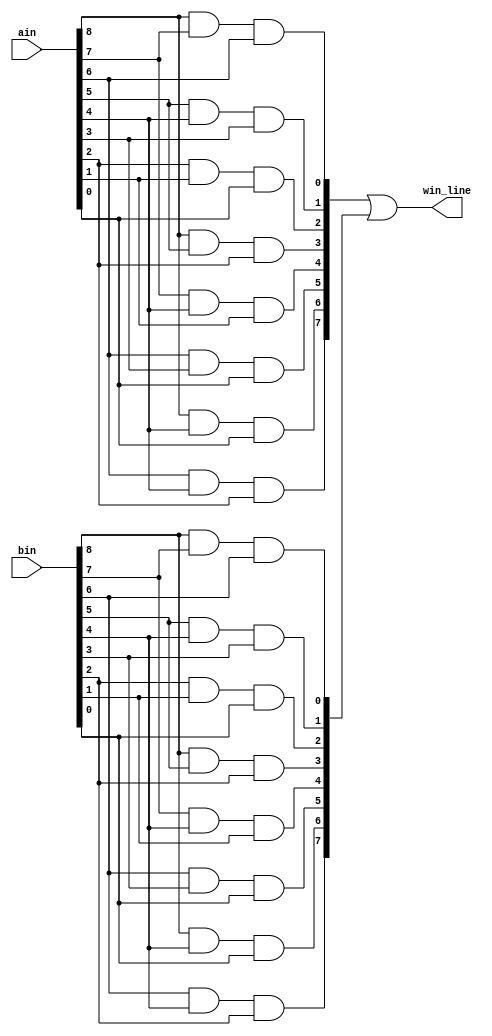
// DetectWinner
// Detects whether either ain or bin has three in a row 
// Inputs:
//   ain, bin - (9-bit) current positions of type a and b
// Out:
//   win_line - (8-bit) if A/B wins, one hot indicates along which row, col or diag
//   win_line(0) = 1 means a win in row 8 7 6 (i.e., either ain or bin has all ones in this row)
//   win_line(1) = 1 means a win in row 5 4 3
//   win_line(2) = 1 means a win in row 2 1 0
//   win_line(3) = 1 means a win in col 8 5 2
//   win_line(4) = 1 means a win in col 7 4 1
//   win_line(5) = 1 means a win in col 6 3 0
//   win_line(6) = 1 means a win along the downward diagonal 8 4 0
//   win_line(7) = 1 means a win along the upward diagonal 2 4 6

module DetectWinner( input [8:0] ain, bin, output [7:0] win_line );
  // CPEN 211 LAB 3, PART 1: your implementation goes here
  wire [7:0]winner_a; //a will be the winner, and 7 means 3 rows + 3 columns + 2 diagonal
  wire [7:0]winner_b; //b will be the winner, and 7 means 3 rows + 3 columns + 2 diagonal

  
  
  assign winner_a [0] = ain [8] & ain [7] & ain [6]; //check first row
  assign winner_a [1] = ain [5] & ain [4] & ain [3]; //check second row
  assign winner_a [2] = ain [2] & ain [1] & ain [0]; //check third row
  
  assign winner_a [3] = ain [8] & ain [5] & ain [2]; //check first column
  assign winner_a [4] = ain [7] & ain [4] & ain [1]; //check second column
  assign winner_a [5] = ain [6] & ain [3] & ain [0]; //check third column
  
  assign winner_a [6] = ain [8] & ain [4] & ain [0]; //check first diagonal
  assign winner_a [7] = ain [6] & ain [4] & ain [2]; //check second diagonal
  
  
  assign winner_b [0] = bin [8] & bin [7] & bin [6]; //check first row
  assign winner_b [1] = bin [5] & bin [4] & bin [3]; //check second row
  assign winner_b [2] = bin [2] & bin [1] & bin [0]; //check third row
  
  assign winner_b [3] = bin [8] & bin [5] & bin [2]; //check first column
  assign winner_b [4] = bin [7] & bin [4] & bin [1]; //check second column
  assign winner_b [5] = bin [6] & bin [3] & bin [0]; //check third column
  
  assign winner_b [6] = bin [8] & bin [4] & bin [0]; //check first diagonal
  assign winner_b [7] = bin [6] & bin [4] & bin [2]; //check second diagonal
  
  assign win_line = winner_a | winner_b; //Check who wins finally
  
  
endmodule